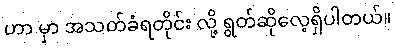
ဟာ မှာ အသတ်ခံရတိုင်း လို့ ရွတ်ဆိုလေ့ရှိပါတယ်။